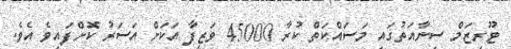
ޓޫރިޒަމް ސިނާއަތުގައި މަސައްކަތް ކުރާ 45000 ވަޒީފާ އަކަށް އަސަރު ކޮށްފައިވެ އެވެ.